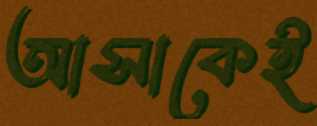
আসাকেই